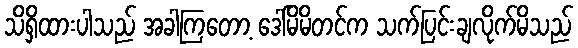
သိရှိထားပါသည် အခါကြတော့ ဒေါ်မိမိတင်က သက်ပြင်းချလိုက်မိသည်